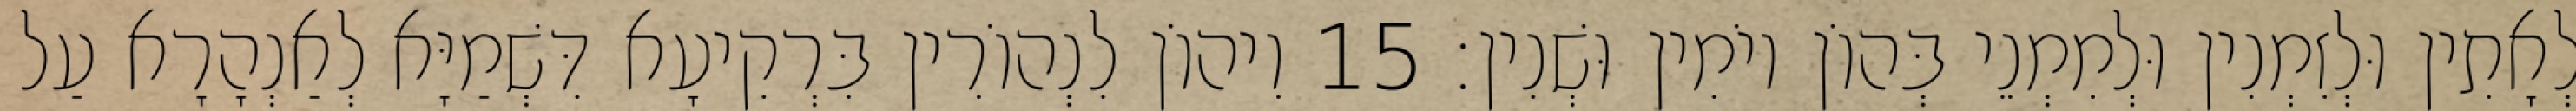
לְאָתִין וּלְזִמְנִין וּלְמִמְנֵי בְּהוֹן יוֹמִין וּשְׁנִין׃ 15 וִיהוֹן לִנְהוֹרִין בִּרְקִיעָא דִּשְׁמַיָּא לְאַנְהָרָא עַל